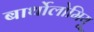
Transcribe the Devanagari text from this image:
बार्थोलोमियू